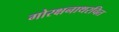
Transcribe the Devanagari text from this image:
गोरक्षनाथरचित